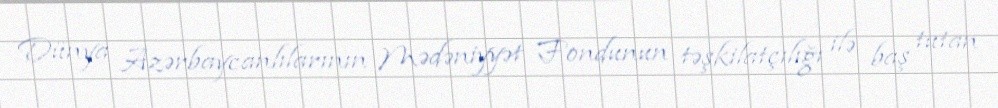
Dünya Azərbaycanlılarının Mədəniyyət Fondunun təşkilatçılığı ilə baş tutan